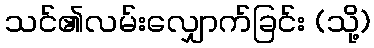
သင်၏လမ်းလျှောက်ခြင်း (သို့)